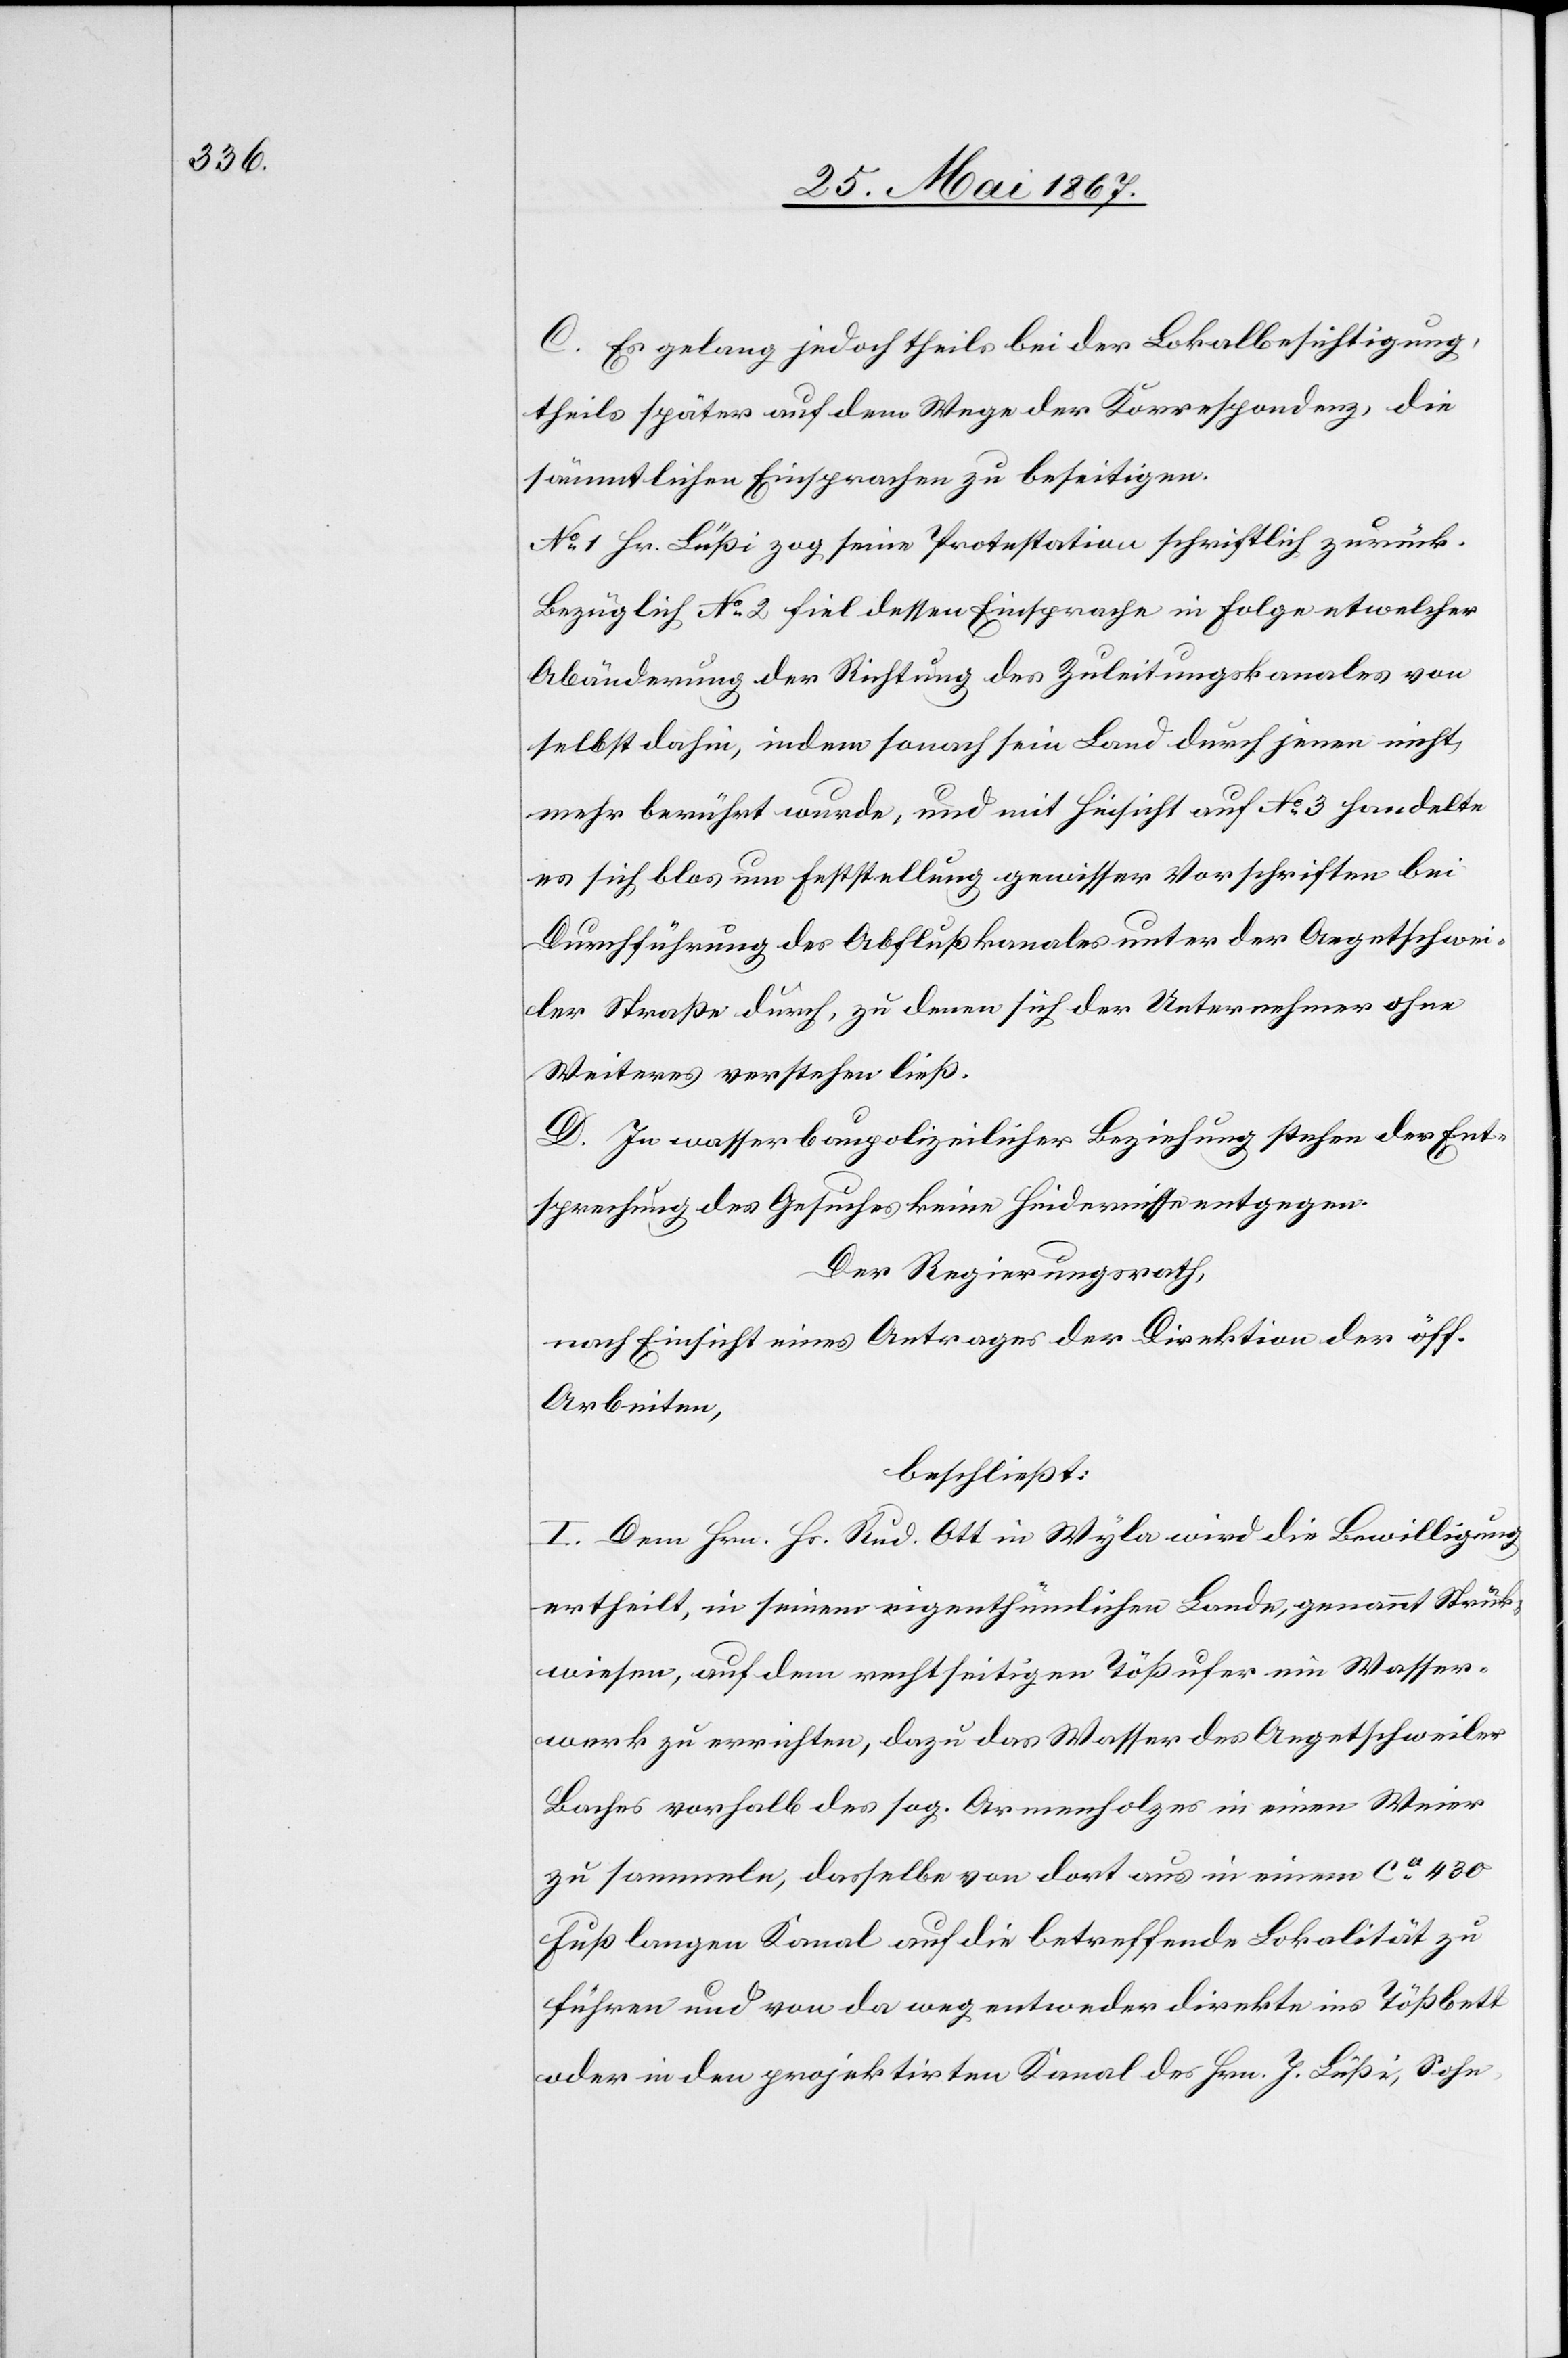
C. Es gelang jedoch theils bei der Lokalbesichtigung,
theils später auf dem Wege der Korrespondenz, die
sämmtlichen Einsprachen zu beseitigen.
No. 1 Hr. Lüßi zog seine Protestation schriftlich zurück.
Bezüglich No. 2 fiel dessen Einsprache in Folge etwelcher
Abänderungen der Richtung des Zuleitungskanales von
selbst dahin, indem sonach sein Land durch jenen nicht
mehr berührt wurde, und mit Hinsicht auf No. 3 handelte
es sich blos um Feststellung gewisser Vorschriften bei
Durchführung des Abflußkanales unter der Aegentschwei¬
ler Straße durch, zu denen sich der Unternehmer ohne
Weiteres verstehen ließ.
D. In wasserbaupolizeilicher Beziehung stehen der Ent¬
sprechung des Gesuches keine Hindernisse entgegen.
Der Regierungsrath,
nach Einsicht eines Antrages der Direktion der öff.
Arbeiten,
beschließt:
I. Dem Hrn. Hs. Rud. Ott in Wyla wird die Bewilligung
ertheilt, in seinem eigenthümlichen Lande, genannt Strick¬
wiesen, auf dem rechtseitigen Tößufer ein Wasser¬
werk zu errichten, dazu das Wasser des Aegetschweiler
Baches vorhalb des sog. Armenholzes in einen Weier
zu sammeln, dasselbe von dort aus in einem ca. 480
Fuß langen Kanal auf die betreffende Lokalität zu
führen und von da weg entweder direkt ins Tößbett
oder in den projektirten Kanal des Hrn. J. Lüßi, Sohn,